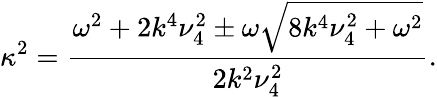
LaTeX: \kappa^{2}=\frac{\omega^{2}+2k^{4}\nu_{4}^{2}\pm\omega\sqrt{8k^{4}\nu_{4}^{2}+\omega^{2}}}{2k^{2}\nu_{4}^{2}}.